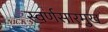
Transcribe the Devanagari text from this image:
स्वर्णसारमुख